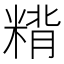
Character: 𰫂